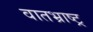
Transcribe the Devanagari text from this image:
वातभ्राष्ट्र